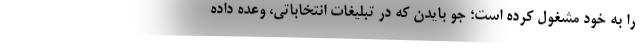
را به خود مشغول کرده است؛ جو بایدن که در تبلیغات انتخاباتی، وعده داده